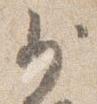
少